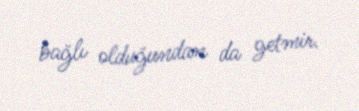
bağlı olduğundan da getmir.